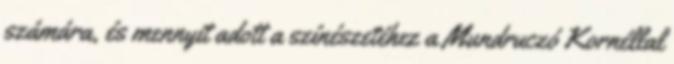
számára, és mennyit adott a színészetéhez a Mundruczó Kornéllal